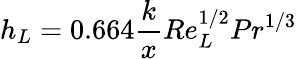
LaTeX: h_{L}=0.664{\frac{k}{x}}Re_{L}^{1/2}Pr^{1/3}